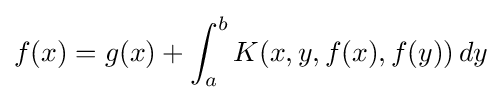
f(x)=g(x)+\int _{a}^{b}K(x,y,f(x),f(y))\,dy